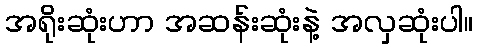
အရိုးဆုံးဟာ အဆန်းဆုံးနဲ့ အလှဆုံးပါ။